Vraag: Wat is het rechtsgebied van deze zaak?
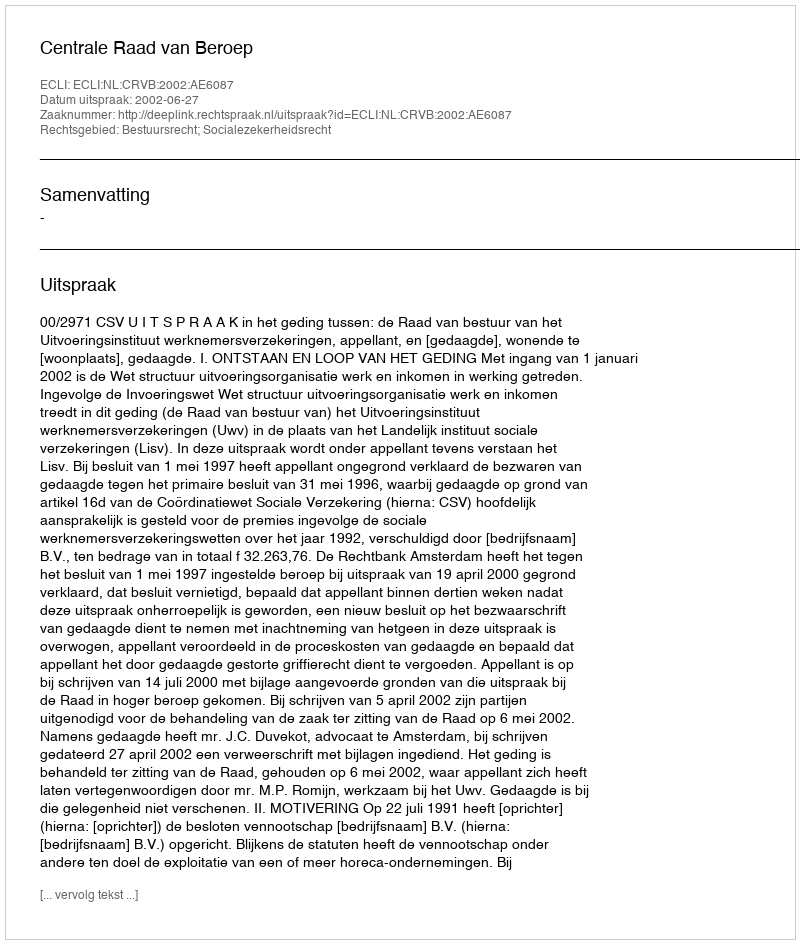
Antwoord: Bestuursrecht; Socialezekerheidsrecht